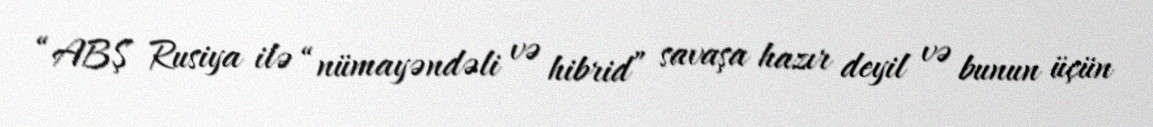
“ABŞ Rusiya ilə “nümayəndəli və hibrid” savaşa hazır deyil və bunun üçün